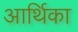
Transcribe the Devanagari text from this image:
आर्थिका